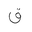
Letter: _qaf